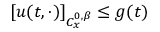
[ u ( t , \cdot ) ] _ { C _ { x } ^ { 0 , \beta } } \leq g ( t )